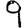
Digit: 9